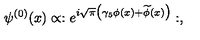
\psi ^ { ( 0 ) } ( x ) \propto : e ^ { i \sqrt { \pi } \bigl ( \gamma _ { 5 } \phi ( x ) + \widetilde \phi ( x ) \bigr ) } : ,